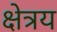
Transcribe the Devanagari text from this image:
क्षेत्रय